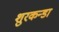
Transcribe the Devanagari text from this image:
शुरकन्डा